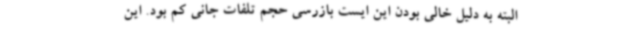
البته به دلیل خالی بودن این ایست بازرسی حجم تلفات جانی کم بود. این